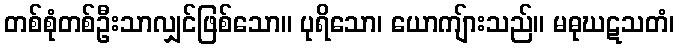
တစ်စုံတစ်ဦးသာလျှင်ဖြစ်သော။ ပုရိသော၊ ယောကျ်ားသည်။ မဓုဃဋသတံ၊